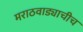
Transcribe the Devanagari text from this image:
मराठवाड्याचीच